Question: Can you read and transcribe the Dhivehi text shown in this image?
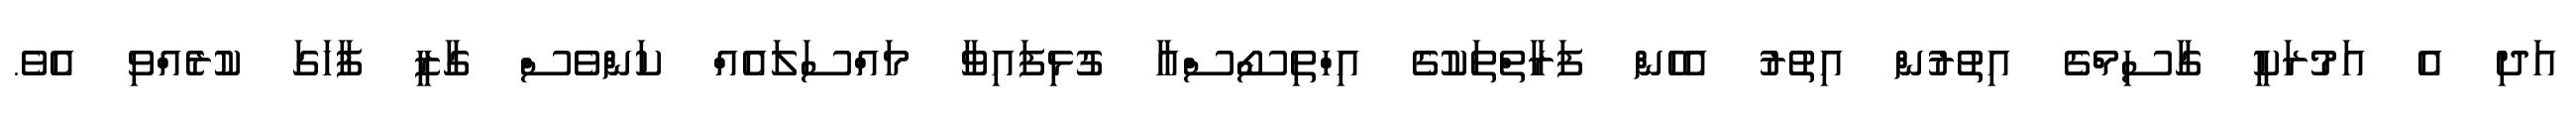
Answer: އަދި އެ އަމުރަކީ ގާސިމްގެ އިތުރުން އިތުރު އެހެން ފަރާތްތަކުގެ އިހްތިސޯސްއާ ގުޅިފައިވާ މައްސަލައެއް ކަންވެސް ގާޒީ ފާހަގަ ކުރެއްވި އެވެ.